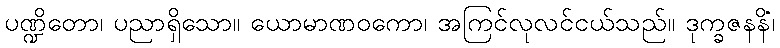
ပဏ္ဍိတော၊ ပညာရှိသော။ ယောမာဏဝကော၊ အကြင်လုလင်ငယ်သည်။ ဒုက္ခဇနနိံ၊